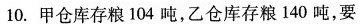
10.甲仓库存粮104吨，乙仓库存粮140吨，要